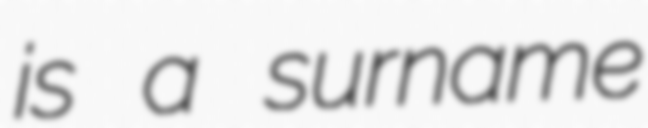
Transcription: is a surname